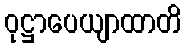
ဝုဋ္ဌာပေယျာထာတိ